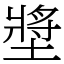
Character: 墏